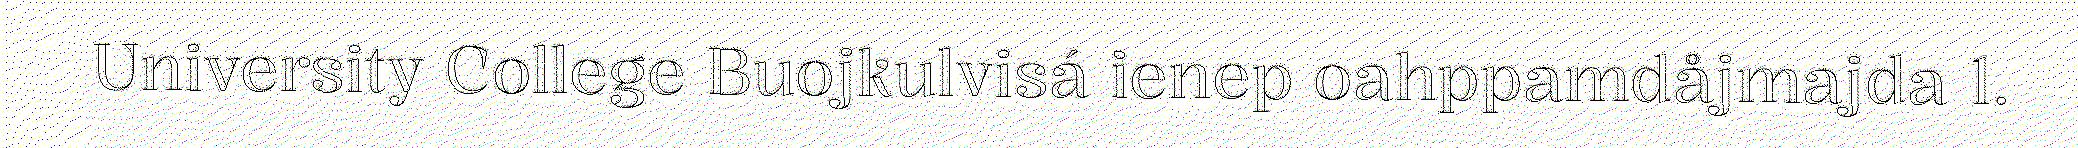
University College Buojkulvisá ienep oahppamdåjmajda 1.